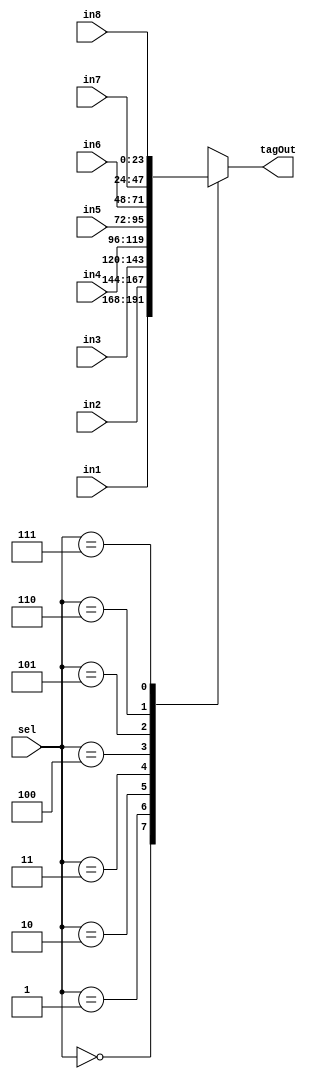
module mux8to1_24b(input [23:0] in1,input [23:0] in2, input [23:0] in3, input [23:0] in4, input [23:0] in5,input [23:0] in6, input [23:0] in7, input [23:0] in8, input[2:0] sel,output reg[23:0] tagOut);
  always@(in1,in2,in3,in4,in5,in6,in7,in8,sel)
  case(sel)
    3'b000: tagOut=in1;
    3'b001: tagOut=in2;
    3'b010: tagOut=in3;
    3'b011: tagOut=in4;
    3'b100: tagOut=in5;
    3'b101: tagOut=in6;
    3'b110: tagOut=in7;
    3'b111: tagOut=in8;
  endcase
endmodule